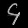
Digit: ၄